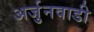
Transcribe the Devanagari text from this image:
अर्जुनवाडी